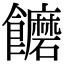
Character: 饝